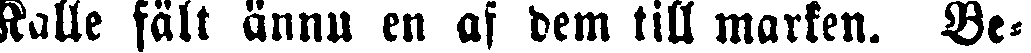
Kalle fält ännu en af dem till marken. Be-